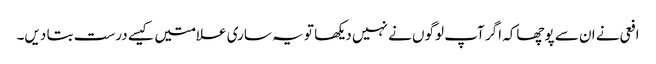
افعی نے ان سے پوچھاکہ اگر آپ لوگوں نے نہیں دیکھا تو یہ ساری علامتیں کیسے درست بتا دیں۔